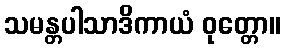
သမန္တပါသာဒိကာယံ ဝုတ္တော။